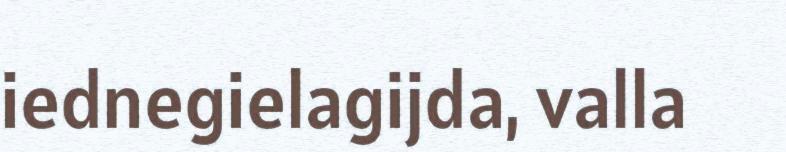
iednegielagijda, valla